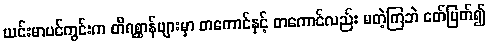
ယင်းမာပင်ကွင်းက တိရစ္ဆာန်များမှာ တကောင်နှင့် တကောင်လည်း မတဲ့ကြဘဲ ငတ်ပြတ်၍